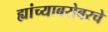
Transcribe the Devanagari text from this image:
ह्यांच्याबरोबरचे